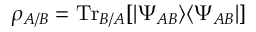
\rho _ { A / B } = \mathrm { T r } _ { B / A } [ | \Psi _ { A B } \rangle \langle \Psi _ { A B } | ]